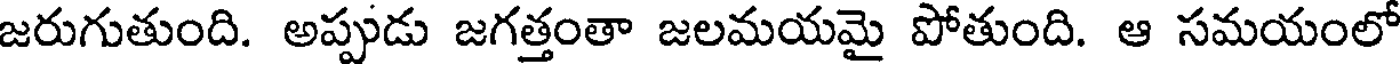
జరుగుతుంది. అప్పుడు జగత్తంతా జలమయమై పోతుంది. ఆ సమయంలో